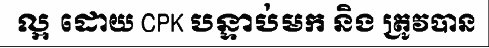
ល្អ ដោយ CPK បន្ទាប់មក និង ត្រូវបាន